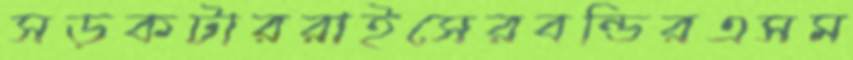
সড়কটাররাইসেরবন্ডিরএসম